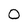
Character: 0